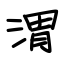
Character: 渭